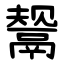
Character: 鬶